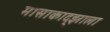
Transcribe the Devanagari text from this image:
मासाकाद्झाला